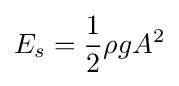
E_{s}={\frac {1}{2}}\rho gA^{2}